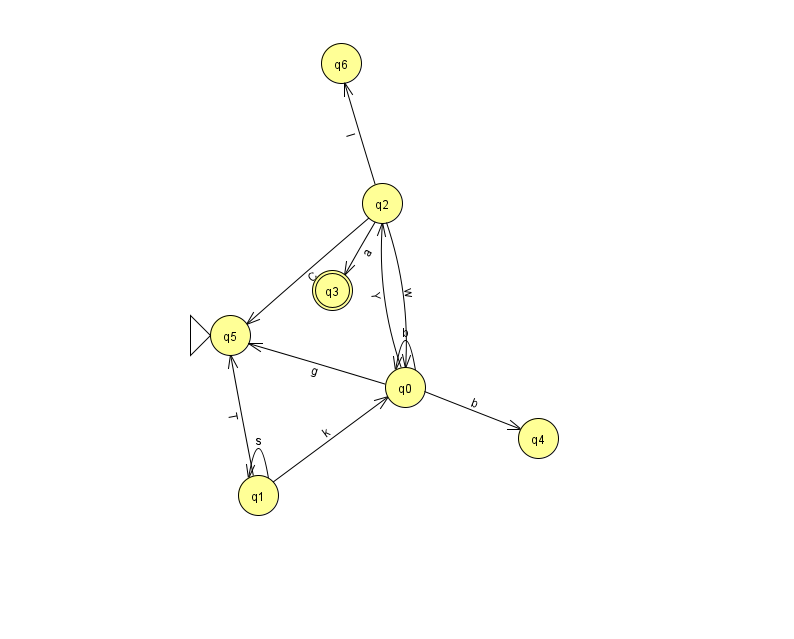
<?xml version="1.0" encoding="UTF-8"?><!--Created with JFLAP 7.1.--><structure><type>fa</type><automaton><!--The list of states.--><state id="0" name="q0"><x>405.0</x><y>374.0</y></state><state id="1" name="q1"><x>258.0</x><y>482.0</y></state><state id="2" name="q2"><x>382.0</x><y>190.0</y></state><state id="3" name="q3"><x>332.0</x><y>277.0</y><final/></state><state id="4" name="q4"><x>538.0</x><y>425.0</y></state><state id="5" name="q5"><x>230.0</x><y>322.0</y><initial/></state><state id="6" name="q6"><x>341.0</x><y>50.0</y></state><!--The list of transitions.--><transition><from>0</from><to>0</to><read>b</read></transition><transition><from>0</from><to>5</to><read>g</read></transition><transition><from>1</from><to>1</to><read>s</read></transition><transition><from>2</from><to>3</to><read>a</read></transition><transition><from>1</from><to>0</to><read>k</read></transition><transition><from>2</from><to>0</to><read>w</read></transition><transition><from>2</from><to>5</to><read>C</read></transition><transition><from>0</from><to>2</to><read>Y</read></transition><transition><from>2</from><to>6</to><read>l</read></transition><transition><from>1</from><to>5</to><read>T</read></transition><transition><from>0</from><to>4</to><read>b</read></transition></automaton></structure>